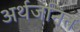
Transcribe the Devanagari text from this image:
अर्थजनित